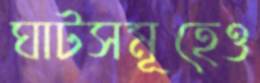
ঘাটসমূহেও